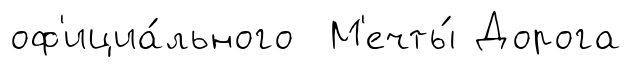
оф'ициа́льного М'ечты́ Дорога